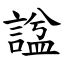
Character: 諡